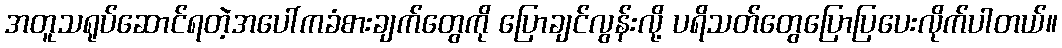
အတူသရုပ်ဆောင်ရတဲ့အပေါ်ကခံစားချက်တွေကို ပြောချင်လွန်းလို့ ပရိသတ်တွေပြောပြပေးလိုက်ပါတယ်။